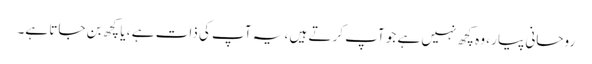
روحانی پیار ، وہ کچھ نہیں ہے جو آپ کرتے ہیں ، یہ آپ کی ذات ہے ، یا کچھ بن جاتا ہے۔